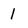
Character: 1